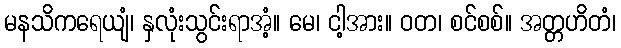
မနသိကရေယျံ၊ နှလုံးသွင်းရာအံ့။ မေ၊ ငါ့အား။ ဝတ၊ စင်စစ်။ အတ္တဟိတံ၊